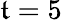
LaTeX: \mathfrak{t}=5